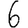
Digit: 6